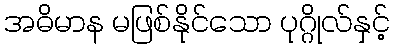
အဓိမာန မဖြစ်နိုင်သော ပုဂ္ဂိုလ်နှင့်